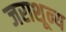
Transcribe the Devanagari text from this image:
जराशून्य